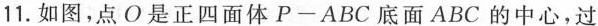
11.如图，点O是正四面体P-ABC底面ABC的中心，过